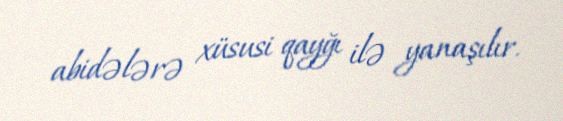
abidələrə xüsusi qayğı ilə yanaşılır.